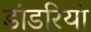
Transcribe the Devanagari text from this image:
डांडरियां